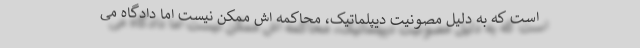
است که به دلیل مصونیت دیپلماتیک، محاکمه اش ممکن نیست اما دادگاه می